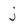
Character: j